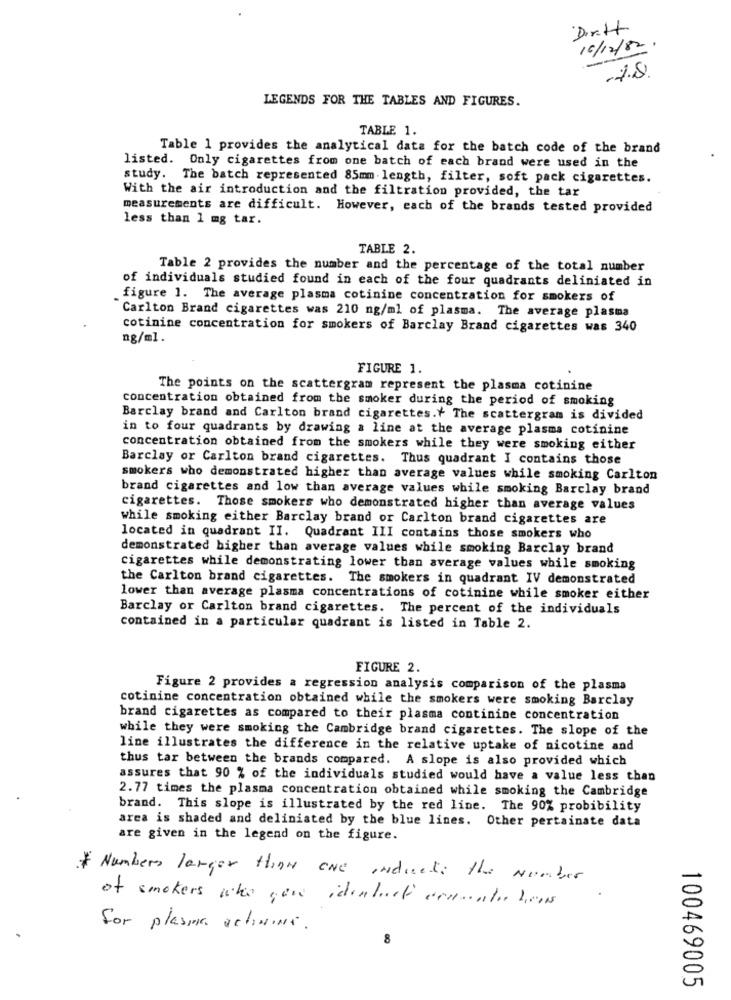
Dirtt
10/12/82.
-7.8.
LEGENDS FOR THE TABLES AND FIGURES.
TABLE 1.
Table 1 provides the analytical data for the batch code of the brand
listed. Only cigarettes from one batch of each brand were used in the
study. The batch represented 85mm length, filter, soft pack cigarettes.
With the air introduction and the filtration provided, the tar
measurements are difficult. However, each of the brands tested provided
less than 1 mg tar.
TABLE 2.
Table 2 provides the number and the percentage of the total number
of individuals studied found in each of the four quadrants deliniated in
figure 1. The average plasma cotinine concentration for smokers of
Carlton Brand cigarettes was 210 ng/ml of plasma. The average plasma
cotinine concentration for smokers of Barclay Brand cigarettes was 340
ng/ml.
FIGURE 1.
The points on the scattergram represent the plasma cotinine
concentration obtained from the smoker during the period of smoking
Barclay brand and Carlton brand cigarettes.+ The scattergram is divided
in to four quadrants by drawing & line at the average plasma cotinine
concentration obtained from the smokers while they were smoking either
Barclay or Carlton brand cigarettes. Thus quadrant I contains those
smokers who demonstrated higher than average values while smoking Carlton
brand cigarettes and low than average values while smoking Barclay brand
cigarettes. Those smokers who demonstrated higher than average values
while smoking either Barclay brand or Carlton brand cigarettes are
located in quadrant II. Quadrant III contains those smokers who
demonstrated higher than average values while smoking Barclay brand
cigarettes while demonstrating lower than average values while smoking
the Carlton brand cigarettes. The smokers in quadrant IV demonstrated
lower than average plasma concentrations of cotinine while smoker either
Barclay or Carlton brand cigarettes. The percent of the individuals
contained in a particular quadrant is listed in Table 2.
FIGURE 2.
Figure 2 provides a regression analysis comparison of the plasma
cotinine concentration obtained while the smokers were smoking Barclay
brand cigarettes as compared to their plasma continine concentration
while they were smoking the Cambridge brand cigarettes. The slope of the
line illustrates the difference in the relative uptake of nicotine and
thus tar between the brands compared. A slope is also provided which
assures that 90 % of the individuals studied would have a value less than
2.77 times the plasma concentration obtained while smoking the Cambridge
brand. This slope is illustrated by the red line. The 90% probibility
area is shaded and deliniated by the blue lines. Other pertainate data
are given in the legend on the figure.
* Numbers larger than one INdueto the Number
of smokers who yowe idenbut corrente bens
Sor plasma activiNa.
100469005